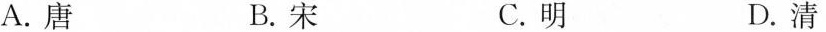
A.唐 B.宋 C.明 D.清